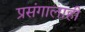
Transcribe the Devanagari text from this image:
प्रसंगालाही